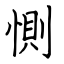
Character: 惻